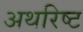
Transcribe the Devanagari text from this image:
अथरिष्ट